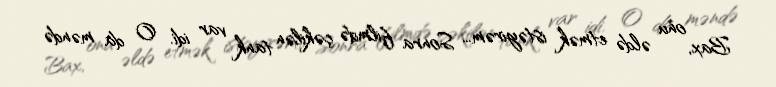
Bax, onu əldə etmək istəyirəm... Sonra filmdə çəkilən tank var idi. O da məndə